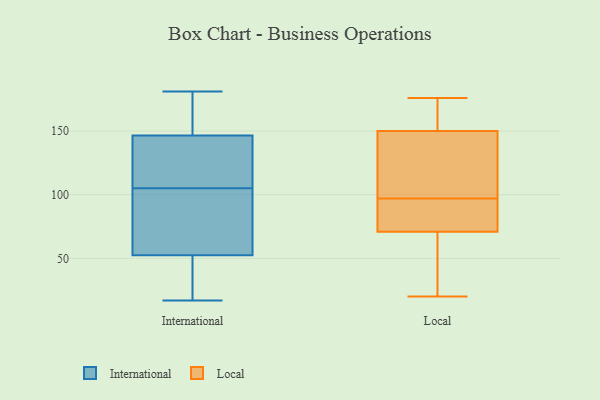
{"axis": {"x": "Shipments", "y": "Value"}, "legend": ["International", "Local"], "data": [{"x": "", "y": 157, "type": "International"}, {"x": "", "y": 169, "type": "International"}, {"x": "", "y": 114, "type": "International"}, {"x": "", "y": 25, "type": "International"}, {"x": "", "y": 53, "type": "International"}, {"x": "", "y": 52, "type": "International"}, {"x": "", "y": 17, "type": "International"}, {"x": "", "y": 75, "type": "International"}, {"x": "", "y": 93, "type": "International"}, {"x": "", "y": 181, "type": "International"}, {"x": "", "y": 120, "type": "International"}, {"x": "", "y": 122, "type": "International"}, {"x": "", "y": 96, "type": "International"}, {"x": "", "y": 165, "type": "International"}, {"x": "", "y": 39, "type": "International"}, {"x": "", "y": 136, "type": "International"}, {"x": "", "y": 20, "type": "Local"}, {"x": "", "y": 92, "type": "Local"}, {"x": "", "y": 176, "type": "Local"}, {"x": "", "y": 106, "type": "Local"}, {"x": "", "y": 94, "type": "Local"}, {"x": "", "y": 71, "type": "Local"}, {"x": "", "y": 100, "type": "Local"}, {"x": "", "y": 56, "type": "Local"}, {"x": "", "y": 51, "type": "Local"}, {"x": "", "y": 169, "type": "Local"}, {"x": "", "y": 86, "type": "Local"}, {"x": "", "y": 150, "type": "Local"}, {"x": "", "y": 146, "type": "Local"}, {"x": "", "y": 155, "type": "Local"}]}